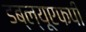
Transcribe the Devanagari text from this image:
डब्ल्यूएफपी